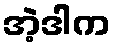
အဲ့ဒါက